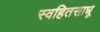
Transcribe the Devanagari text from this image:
स्वहितसाधू